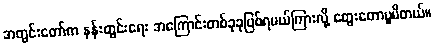
အတွင်းတော်က နန်းတွင်းရေး အကြောင်းတစ်ခုခုဖြစ်ရမယ်ကြားလို့ တွေးတောပူမိတယ်။